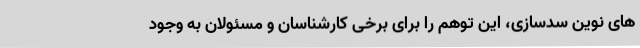
های نوین سدسازی، این توهم را برای برخی کارشناسان و مسئولان به وجود